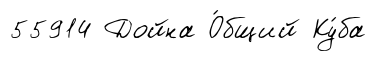
55914 Дойна О́бщий Ку́ба